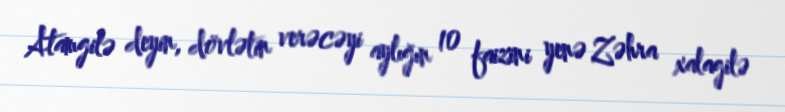
Atamgilə deyin, dövlətin verəcəyi aylığın 10 faizini yenə Zəhra xalagilə